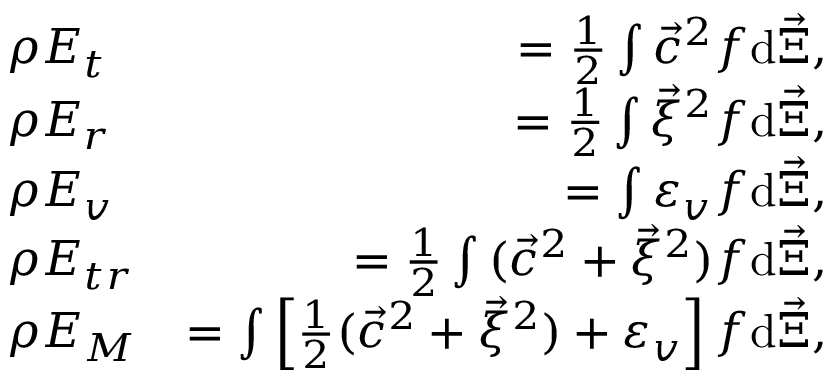
\begin{array} { r l r } & { \rho E _ { t } } & { = \frac { 1 } { 2 } \int { { \vec { c } } ^ { 2 } f \mathrm { d } { \vec { \Xi } } } , } \\ & { \rho E _ { r } } & { = \frac { 1 } { 2 } \int { { \vec { \xi } } ^ { 2 } f \mathrm { d } \vec { \Xi } } , } \\ & { \rho E _ { v } } & { = \int { \varepsilon _ { v } f \mathrm { d } \vec { \Xi } } , } \\ & { \rho E _ { t r } } & { = \frac { 1 } { 2 } \int { ( { \vec { c } } ^ { 2 } + { \vec { \xi } } ^ { 2 } ) f \mathrm { d } { \vec { \Xi } } } , } \\ & { \rho E _ { M } } & { = \int { \left[ \frac { 1 } { 2 } ( { \vec { c } } ^ { 2 } + \vec { \xi } ^ { 2 } ) + \varepsilon _ { v } \right] f \mathrm { d } \vec { \Xi } } , } \end{array}